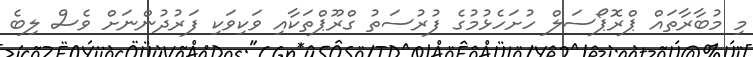
މި މުބާރާތައް ޕްރޮޕޯސަލް ހުށަހެޅުމުގެ ފުރުސަތު ގްރޫޕްތަކާއި ވަކިވަކި ފަރުދުންނަށް ވެސް ލިބެ